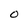
Character: O